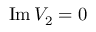
\operatorname { I m } V _ { 2 } = 0